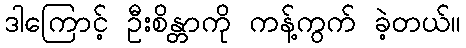
ဒါကြောင့် ဦးစိန္တာကို ကန့်ကွက် ခဲ့တယ်။